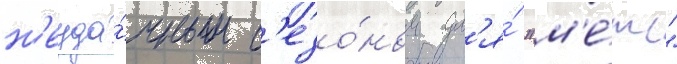
н'еуда́чным с'езо́ном дл'я́ "м'е́тс"